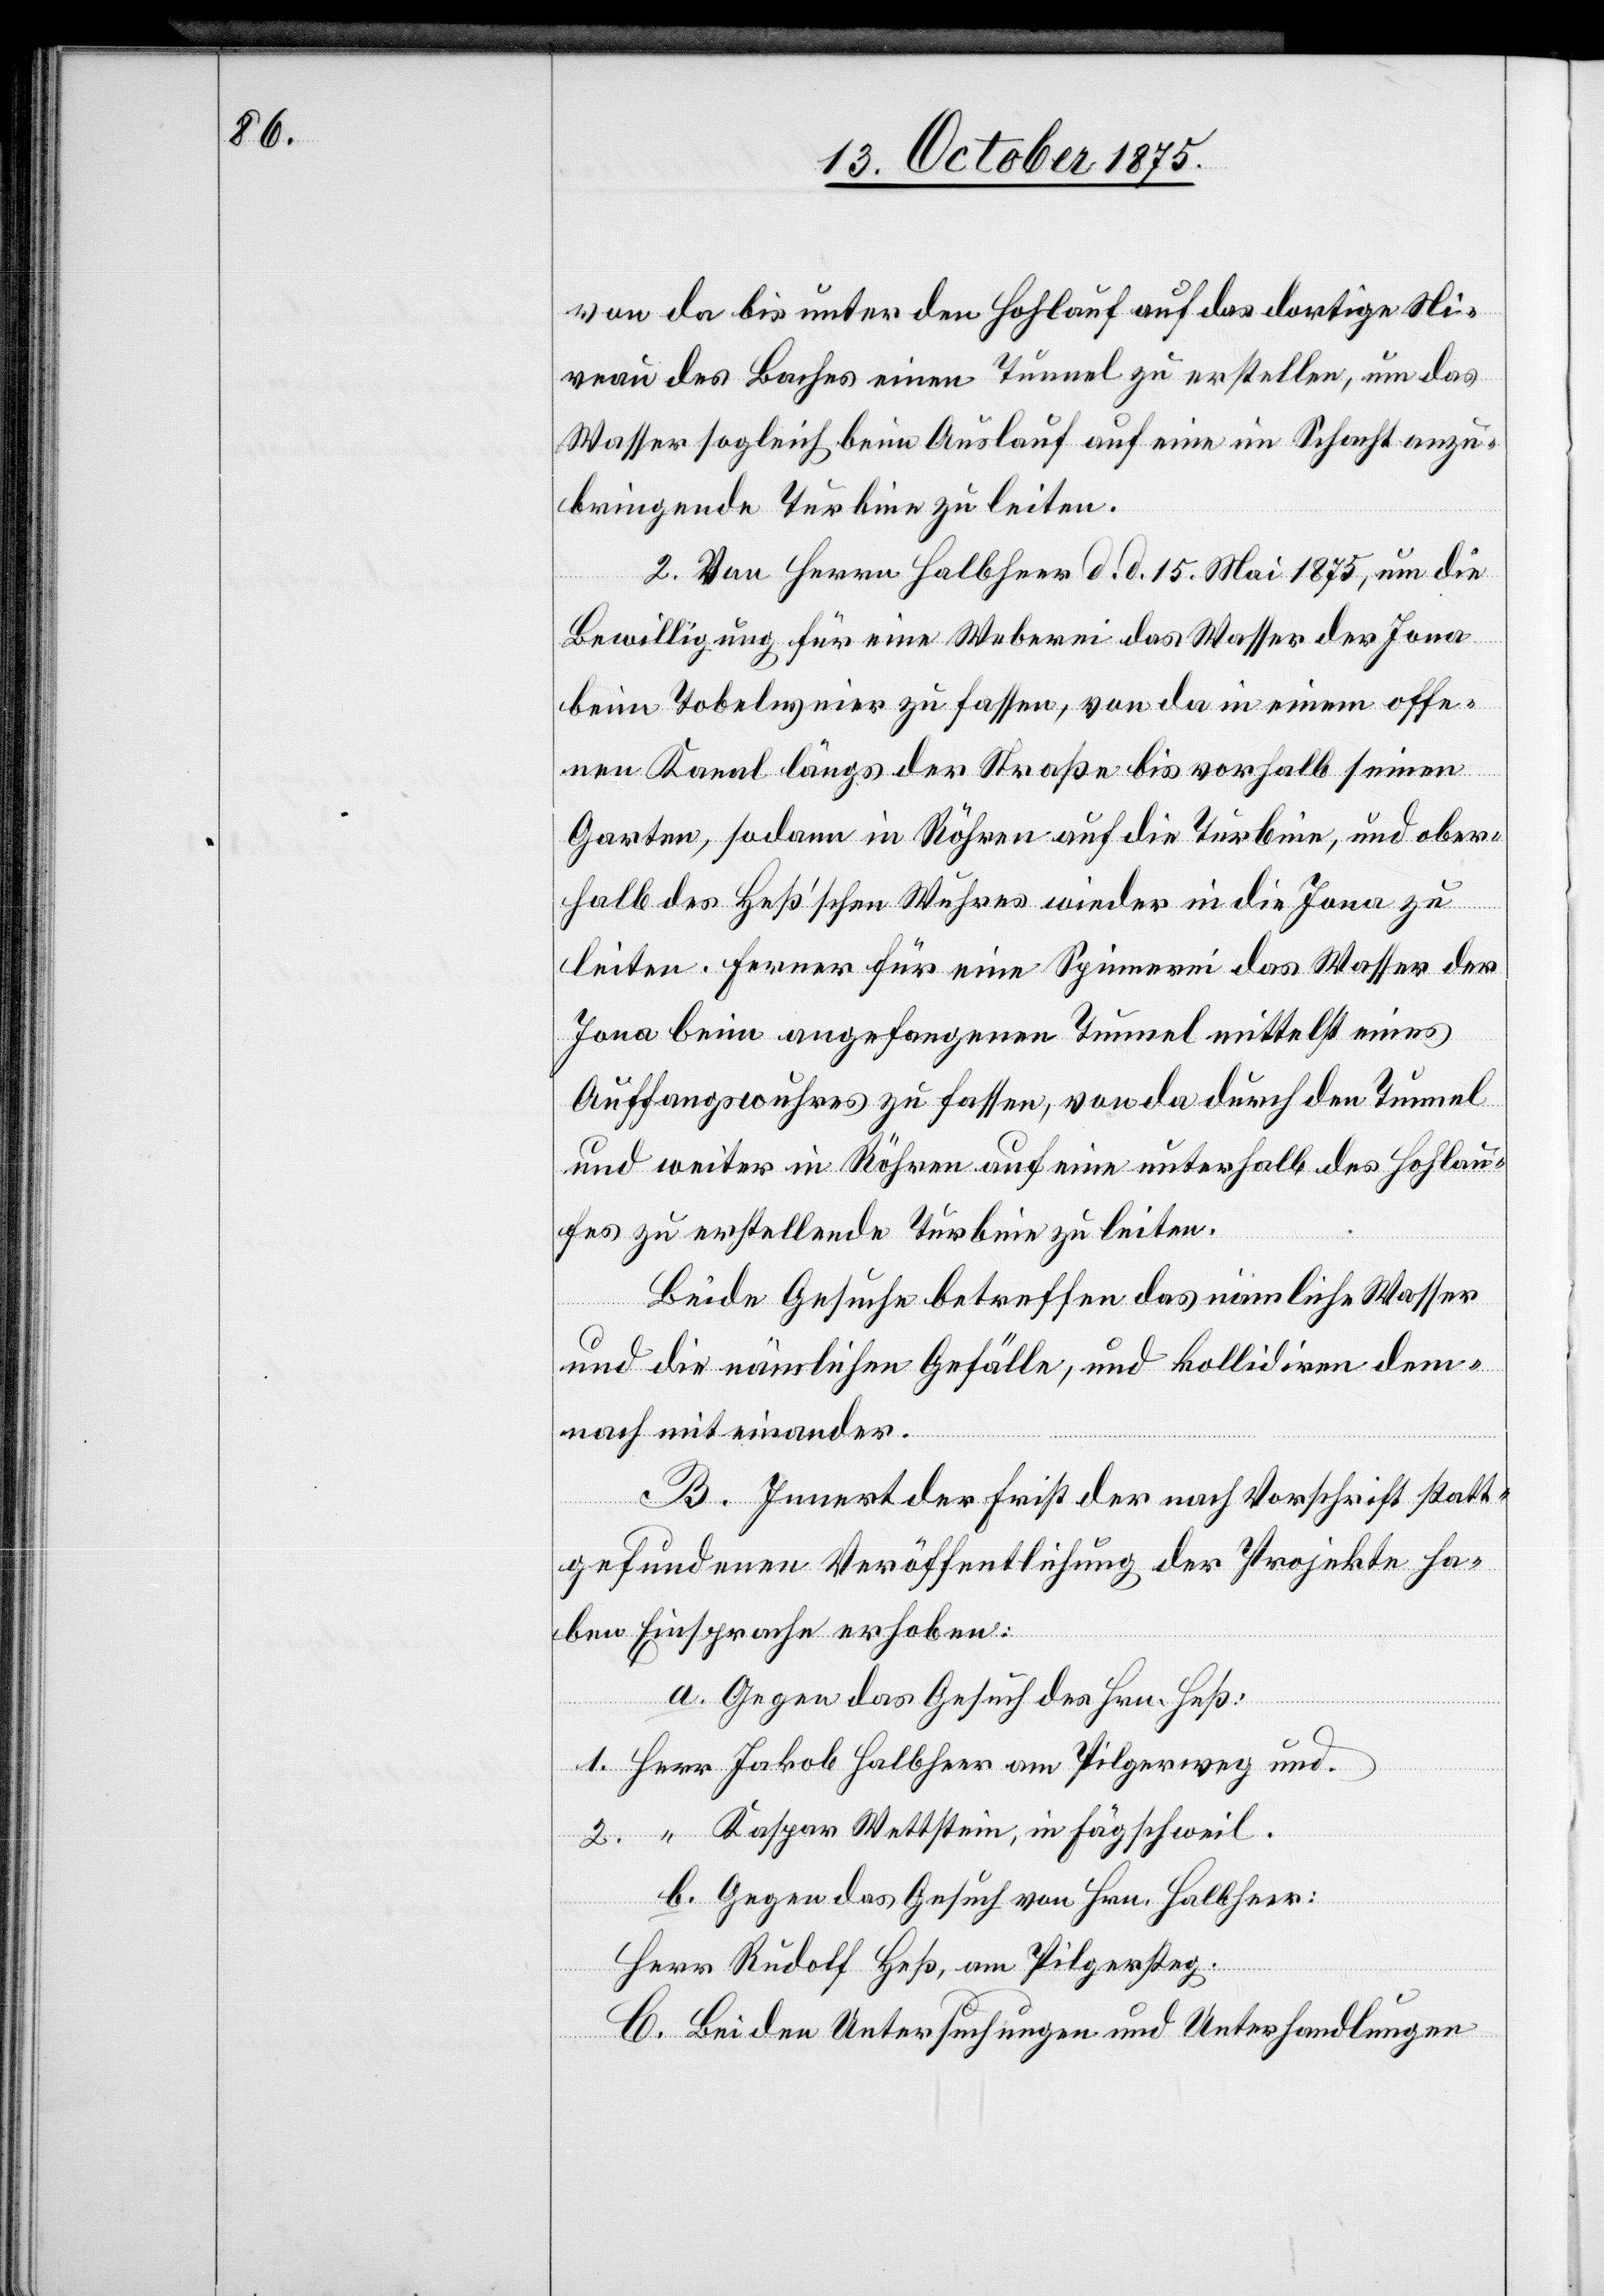
von da bis unter den Hohlauf auf das dortige Ni¬
veau des Baches einen Tunnel zu erstellen, um das
Wasser sogleich beim Auslauf auf eine im Schacht anzu¬
bringende Turbine zu leiten.
2. Von Herrn Halbheer d. d. 15. Mai 1875, um die
Bewilligung für eine Weberei das Wasser der Jona
beim Tobelweier zu fassen, von da in einem offe¬
nen Kanal längs der Straße bis vorhalb seinen
Garten, sodann in Röhren auf die Turbine, und ober¬
halb des Heß’schen Wuhres wieder in die Jona zu
leiten. Ferner für eine Spinnerei das Wasser der
Jona beim angefangenen Tunnel mittelst eines
Auffangswuhres zu fassen, von da durch den Tunnel
und weiter in Röhren auf eine unterhalb des Hohlau¬
fes zu erstellende Turbine zu leiten.
Beide Gesuche betreffen das nämliche Wasser
und die nämlichen Gefälle, und kollidiren dem¬
nach miteinander.
B. Innert der Frist der nach Vorschrift statt¬
gefundenen Veröffentlichung der Projekte ha¬
ben Einsprache erhoben:
a. Gegen das Gesuch des Hrn. Heß:
1. Herr Jakob Halbheer am Pilgerweg und
2. “ Kaspar Wettstein, in Fägschweil.
b. Gegen das Gesuch von Hrn. Halbheer:
Herr Rudolf Heß, am Pilgersteg.
C. Bei den Untersuchungen und Unterhandlungen